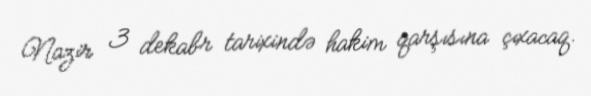
Nazir 3 dekabr tarixində hakim qarşısına çıxacaq.